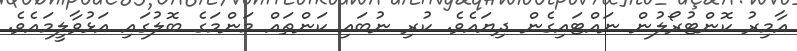
އާމިރު ކޮންޓުރޯލުން ނައްޓައިގެން ދިޔައެވެ. ކުރި ނުބައި ކަންތައް މަންމަގެ ބޮލުގައި އަޅުވާލީމައެވެ.